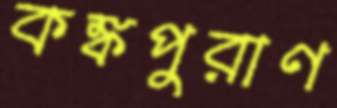
কঙ্কপুরাণ